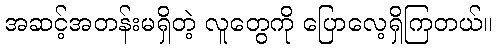
အဆင့်အတန်းမရှိတဲ့ လူတွေကို ပြောလေ့ရှိကြတယ်။